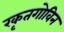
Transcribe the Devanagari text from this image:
रकृतगोविन